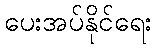
ပေးအပ်နိုင်ရေး